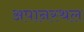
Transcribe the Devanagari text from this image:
अपानस्थल